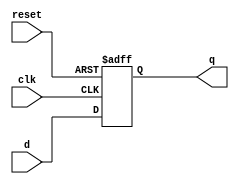
module d_flipflop (
    input wire clk,
    input wire reset,
    input wire d,
    output reg q
);

always @(posedge clk or posedge reset) begin
    if (reset) begin
        q <= 1'b0;  // Reset the output to '0'
    end else begin
        q <= d;     // Update the output based on input 'd' on rising edge of clock
    end
end

endmodule